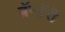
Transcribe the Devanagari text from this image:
ब्रॅन्डॅरी